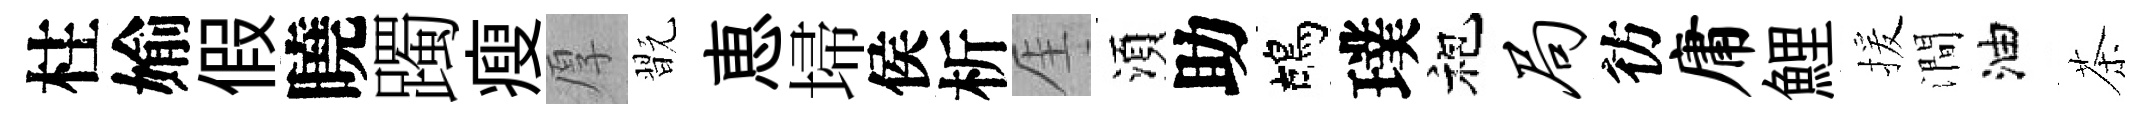
柱媮假曉躅瘦厚翫恵埽侯析厓湏助鴣璞袍局彷庸鯉援澗油茶